Civil Veterinary Department Bihar & Orissa reports 1929-36 - 1929-1936
Year: 1929
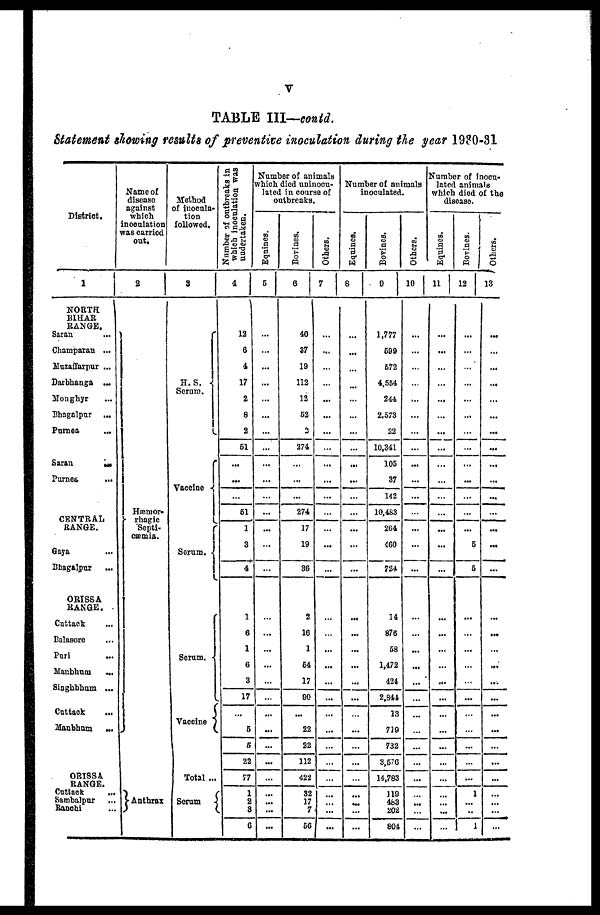
TABLE III—contd.
Statement showing results of preventive inoculation during the year 1980-31
District.
1
NORTH
BIHAR
RANGE.
Saran ...
Champaran ...
Muzaffarpur ...
Darbhanga ...
Monghyr ...
Bhagalpur ...
Purnea
...
Saran ...
Purnes ...
CENTRAL
RANGE.
Gaya ...
Bhagalpur ...
ORISSA
RANGE.
Cuttack ...
Balasore ...
Puri ...
Manbhum ...
Singhbhum ...
Cuttack ...
Manbhum
...
ORISSA
RANGE.
Cuttack ...
Sambalpur ...
Ranchi ...
Name of
disease
against
which
inoculation
was carried
out.
2
Hæmor-
rhagic
Septi-
cæmia.
Anthrax
Method
of inocula-
tion
followed.
3
H. S.
Serum.
Serum.
Serum.
Vaccine
Total ...
Serum
Number of outbreaks in
which inoculation was
undertaken.
4
12
6
4
17
2
8
2
61
...
...
61
1
3
4
1
6
1
6
3
17
...
6
5
22
77
1
2
3
6
Number of animals
which died uninocu-
lated in course of
outbreaks.
Equines.
5
...
...
...
...
...
...
...
...
...
...
...
...
...
...
...
...
...
...
...
...
...
...
...
...
...
...
...
...
...
...
Bovines.
6
40
37
19
112
12
62
2
274
...
...
...
274
17
19
36
2
16
1
64
17
90
...
22
22
112
422
32
17
7
56
Others.
7
...
...
...
...
...
...
...
...
...
...
...
...
...
...
...
...
...
...
...
...
...
...
...
...
...
...
...
...
...
...
Number of animals
inoculated.
Equines.
8
...
...
...
...
...
...
...
...
...
...
...
...
...
...
...
...
...
...
...
...
...
...
...
...
...
...
... ...
...
...
Bovines.
9
1,777
699
672
4,554
244
2,573
22
10,341
105
37
142
10,483
264
460
724
14
876
58
1,472
424
2,844
13
719
732
3,576
14,783
119
483
202
804
Others.
10
...
...
...
...
...
...
...
...
...
...
...
...
...
...
...
...
...
...
...
...
...
...
...
...
...
...
... ...
...
...
Number of inocu-
lated animals
which died of the
disease.
Equines.
11
...
...
...
...
...
...
...
...
...
...
...
...
...
...
...
...
...
...
...
...
...
...
...
...
...
...
...
...
...
...
Bovines.
12
...
...
...
...
...
...
...
...
...
...
...
...
...
5
5
...
...
...
...
...
...
...
...
...
...
...
1
...
...
1
Others.
13
...
...
...
...
...
...
...
...
...
...
...
...
...
...
...
...
...
...
...
...
...
...
...
...
...
...
... ...
...
...